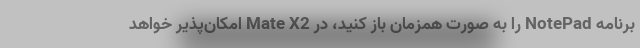
برنامه NotePad را به صورت همزمان باز کنید، در Mate X2 امکان‌پذیر خواهد